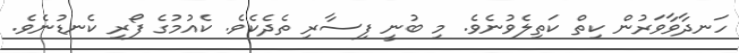
ހަނދާވާވަރުން ކިތް ކަތިލެވުނެވެ. މި ބުނީ ފިސާރި ތެެދެކެވެ. ކެއުމުގެ ފޯރި ކެނޑުނެވެ.